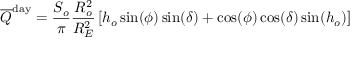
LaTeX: { \overline { { Q } } } ^ { \mathrm { d a y } } = { \frac { S _ { o } } { \pi } } { \frac { R _ { o } ^ { 2 } } { R _ { E } ^ { 2 } } } \left[ h _ { o } \sin ( \phi ) \sin ( \delta ) + \cos ( \phi ) \cos ( \delta ) \sin ( h _ { o } ) \right]